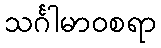
သင်္ဂါမာဝစရာ